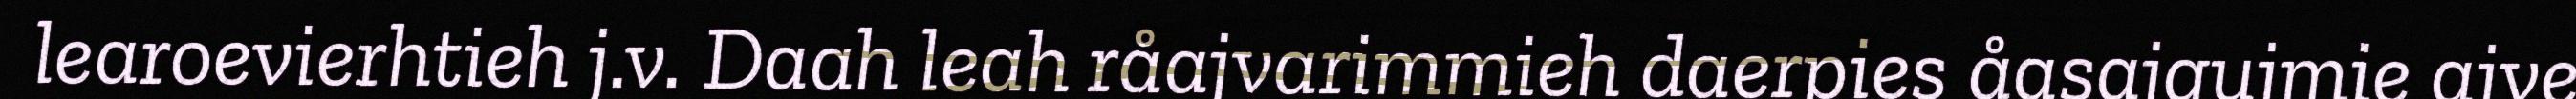
learoevierhtieh j.v. Daah leah råajvarimmieh daerpies åasajgujmie ajve